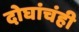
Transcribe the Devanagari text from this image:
दोघांचंही